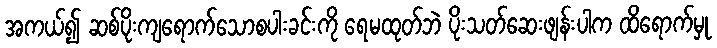
အကယ်၍ ဆစ်ပိုးကျရောက်သောစပါးခင်းကို ရေမထုတ်ဘဲ ပိုးသတ်ဆေးဖျန်းပါက ထိရောက်မှု